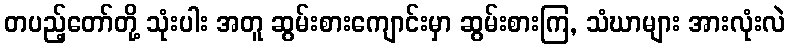
တပည့်တော်တို့ သုံးပါး အတူ ဆွမ်းစားကျောင်းမှာ ဆွမ်းစားကြ, သံဃာများ အားလုံးလဲ